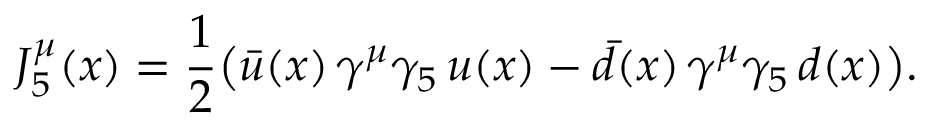
J _ { 5 } ^ { \mu } ( x ) = \frac 1 2 \bigl ( \bar { u } ( x ) \, \gamma ^ { \mu } \gamma _ { 5 } \, u ( x ) - \bar { d } ( x ) \, \gamma ^ { \mu } \gamma _ { 5 } \, d ( x ) \bigr ) .